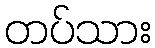
တပ်သား